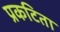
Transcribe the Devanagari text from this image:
प्रकटिता